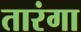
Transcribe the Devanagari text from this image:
तारंगा